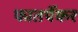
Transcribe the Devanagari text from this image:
फातर्पेकर